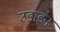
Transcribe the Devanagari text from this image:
उडाइन